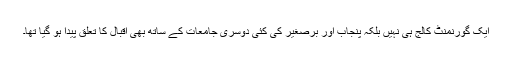
ایک گورنمنٹ کالج ہی نہیں بلکہ پنجاب اور برصغیر کی کئی دوسری جامعات کے ساتھ بھی اقبال کا تعلق پیدا ہو گیا تھا۔